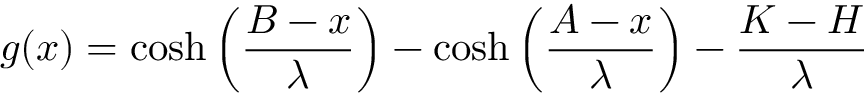
g ( x ) = \cosh \left( \frac { B - x } { \lambda } \right) - \cosh \left( \frac { A - x } { \lambda } \right) - \frac { K - H } { \lambda }